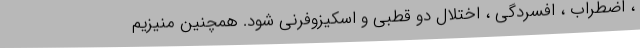
، اضطراب ، افسردگی ، اختلال دو قطبی و اسکیزوفرنی شود. همچنین منیزیم